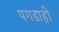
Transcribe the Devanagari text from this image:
पगडाही